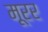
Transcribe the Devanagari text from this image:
मूरर